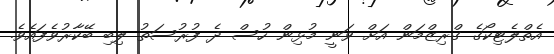
އެތްލެޓިކޯގެ ގްރިޒްމަން އަށް ވަނީ މުޅިން ހުސް ދެ ފުރުސަތު ލިބި ބޭކާރުވެފައެވެ.